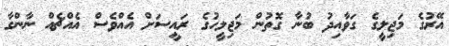
އޭރުގެ މަޖިލީގެ ގަވާއިދު ބުނާ ގޮތުން މަޖިލީހުގެ ރައީސަށް އެއްވެސް އެއްޗެއް ނާންގާ